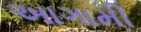
અાગામી